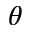
\theta